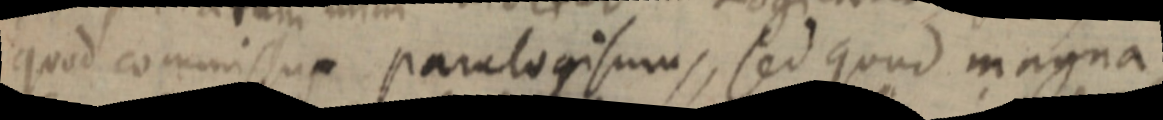
quod commissus paralogismus, sed quod magna